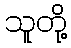
သူတို့